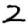
Digit: 2